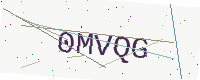
Text: 0MVQG